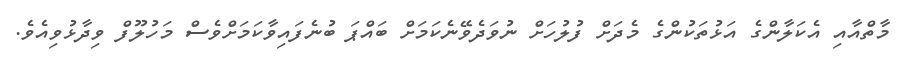
މާތްއާއި އެކަލާންގެ އަޅުތަކުންގެ މެދަށް ފުލުހަށް ނުވަދެވޭނެކަމަށް ބައްޕަ ބުނެފައިވާކަމަށްވެސް މަހުލޫފް ވިދާޅުވިއެވެ.